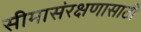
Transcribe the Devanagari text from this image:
सीमासंरक्षणासाठी